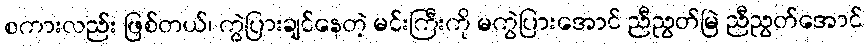
စကားလည်း ဖြစ်တယ်၊ ကွဲပြားချင်နေတဲ့ မင်းကြီးကို မကွဲပြားအောင် ညီညွတ်မြဲ ညီညွတ်အောင်